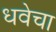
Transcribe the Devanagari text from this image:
धवेचा